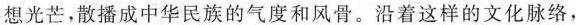
想光芒，散播成中华民族的气度和风骨。沿着这样的文化脉络，